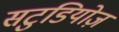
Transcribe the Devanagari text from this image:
सटुडियोज़